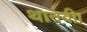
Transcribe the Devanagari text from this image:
थानवी।